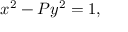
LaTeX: \ x ^ { 2 } - P y ^ { 2 } = 1 ,